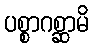
ပစ္စာဂစ္ဆာမိ